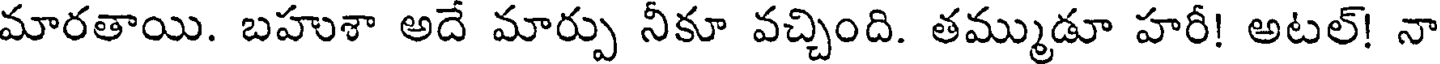
మారతాయి. బహుశా అదే మార్పు నీకూ వచ్చింది. తమ్ముడూ హరీ! అటల్! నా